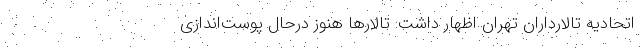
اتحادیه تالارداران تهران اظهار داشت: تالارها هنوز درحال پوست‌اندازی